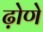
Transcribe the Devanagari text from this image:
ढ़ोणे